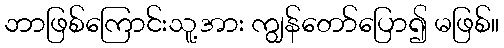
ဘာဖြစ်ကြောင်းသူ့အား ကျွန်တော်ပြော၍ မဖြစ်။